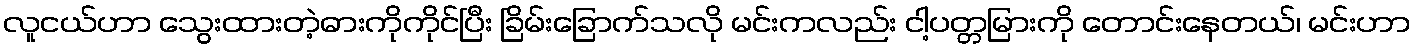
လူငယ်ဟာ သွေးထားတဲ့ဓားကိုကိုင်ပြီး ခြိမ်းခြောက်သလို မင်းကလည်း ငါ့ပတ္တမြားကို တောင်းနေတယ်၊ မင်းဟာ